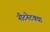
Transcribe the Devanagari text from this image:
नीटनेटक्या